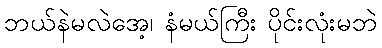
ဘယ်နဲမလဲအေ့၊ နံမယ်ကြီး ပိုင်းလုံးမဘဲ